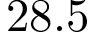
2 8 . 5